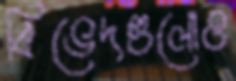
বিভেদগুলোও